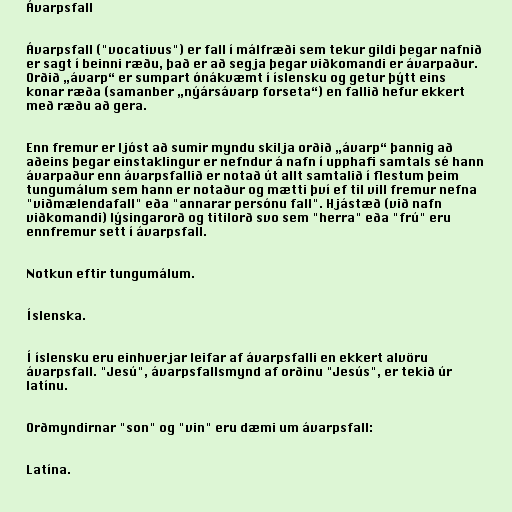
Ávarpsfall

Ávarpsfall ("vocativus") er fall í málfræði sem tekur gildi þegar nafnið
er sagt í beinni ræðu, það er að segja þegar viðkomandi er ávarpaður.
Orðið „ávarp“ er sumpart ónákvæmt í íslensku og getur þýtt eins
konar ræða (samanber „nýársávarp forseta“) en fallið hefur ekkert
með ræðu að gera.

Enn fremur er ljóst að sumir myndu skilja orðið „ávarp“ þannig að
aðeins þegar einstaklingur er nefndur á nafn í upphafi samtals sé hann
ávarpaður enn ávarpsfallið er notað út allt samtalið í flestum þeim
tungumálum sem hann er notaður og mætti því ef til vill fremur nefna
"viðmælendafall" eða "annarar persónu fall". Hjástæð (við nafn
viðkomandi) lýsingarorð og titilorð svo sem "herra" eða "frú" eru
ennfremur sett í ávarpsfall.

Notkun eftir tungumálum.

Íslenska.

Í íslensku eru einhverjar leifar af ávarpsfalli en ekkert alvöru
ávarpsfall. "Jesú", ávarpsfallsmynd af orðinu "Jesús", er tekið úr
latínu.

Orðmyndirnar "son" og "vin" eru dæmi um ávarpsfall:

Latína.